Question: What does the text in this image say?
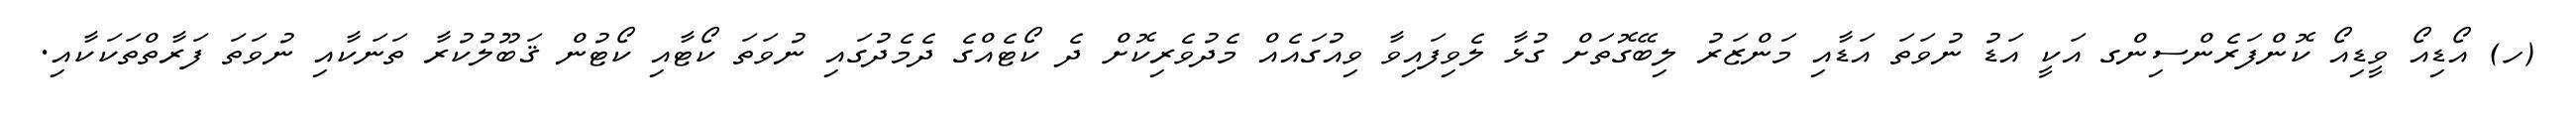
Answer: (ހ) އޯޑިއޯ ވީޑިއޯ ކޮންފަރެންސިންގ އަކީ އަޑު ނުވަތަ އަޑާއި މަންޒަރު ލިބޭގޮތަށް ގުޅާ ލެވިފައިވާ ވިއުގައެއް މެދުވެރިކޮށް ދެ ކޯޓެއްގެ ދެމެދުގައި ނުވަތަ ކޯޓާއި ކޯޓުން ޤަބޫލުކުރާ ތަނަކާއި ނުވަތަ ފަރާތްތަކަކާއި.